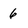
Character: 6